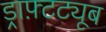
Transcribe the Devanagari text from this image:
ड्राफ़्टट्यूब